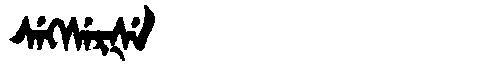
Manchu: ᠰᡝᡴᠰᡝᡵᡧᡝ
Romanization: SEKSERŠE